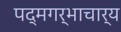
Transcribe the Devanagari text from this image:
पद्मगर्भाचार्य